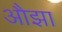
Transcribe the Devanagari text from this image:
औझा